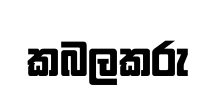
කබලකරු